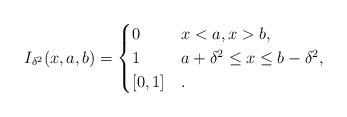
LaTeX: \begin{align*} I_{\delta^2}(x, a, b) = \begin{cases} 0 & x < a, x > b, \\ 1 & a + \delta^2 \leq x \leq b - \delta^2, \\ [0,1] & . \end{cases} \end{align*}